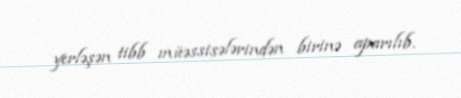
yerləşən tibb müəssisələrindən birinə aparılıb.